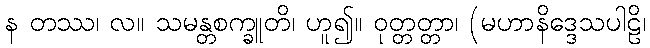
န တဿ၊ လ။ သမန္တစက္ခူတိ၊ ဟူ၍။ ဝုတ္တတ္တာ၊ (မဟာနိဒ္ဒေသပါဠိ၊